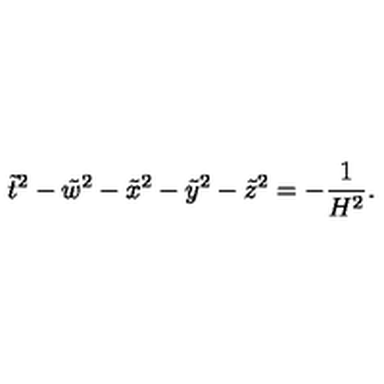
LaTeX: \tilde { t } ^ { 2 } - \tilde { w } ^ { 2 } - \tilde { x } ^ { 2 } - \tilde { y } ^ { 2 } - \tilde { z } ^ { 2 } = - \frac { 1 } { H ^ { 2 } } .